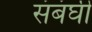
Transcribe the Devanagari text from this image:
संबंघी